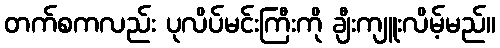
တက်စကလည်း ပုလိပ်မင်းကြီးကို ချီးကျူးလိမ့်မည်။